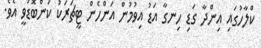
ކްލާހުގައި އިންދާ ގަޑި ހިނގާ އަޑު އިވުމުން އަންހެން ޓީޗަރަކު ކަންބޮޑުވީ އެވެ.